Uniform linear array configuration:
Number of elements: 24
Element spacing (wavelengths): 0.75
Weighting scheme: cosine
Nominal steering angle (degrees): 60
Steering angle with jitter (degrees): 58.803
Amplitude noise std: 0.05
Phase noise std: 0.05

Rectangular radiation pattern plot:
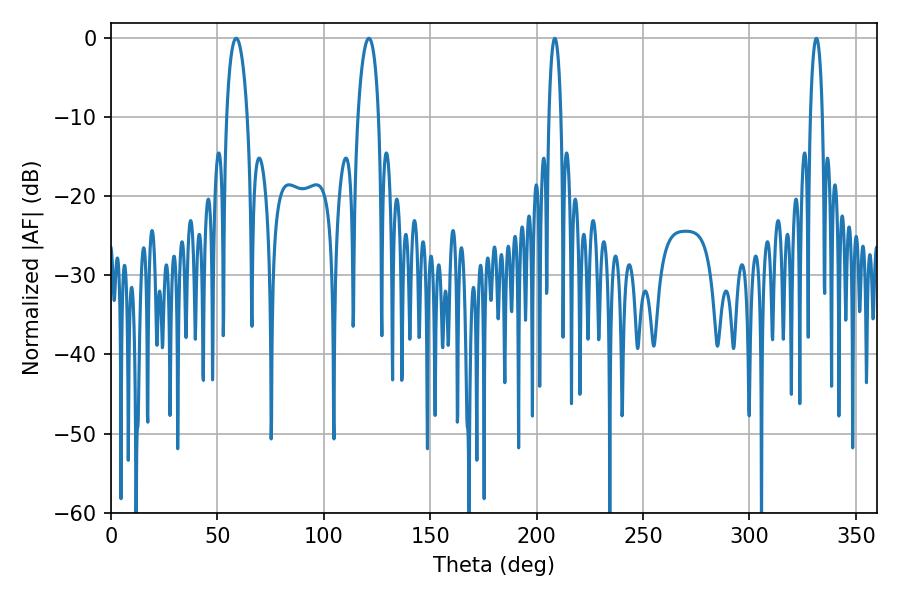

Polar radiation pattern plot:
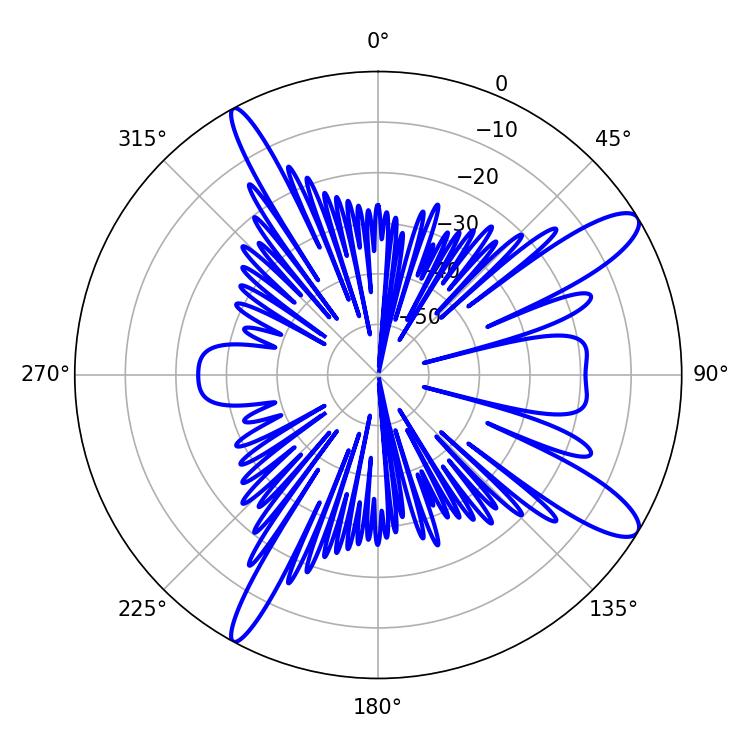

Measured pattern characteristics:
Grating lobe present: TRUE
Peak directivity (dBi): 12.004
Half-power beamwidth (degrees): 5.58
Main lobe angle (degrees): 58.86